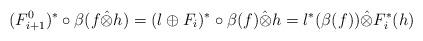
LaTeX: \begin{align*} (F_{i+1}^0)^* \circ \beta( f \hat{\otimes} h) & = (l \oplus F_i )^* \circ \beta( f) \hat{\otimes} h = l^*(\beta(f)) \hat{\otimes} F_i^*(h) \end{align*}